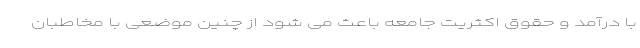
با درآمد و حقوق اکثریت جامعه باعث می شود از چنین موضعی با مخاطبان